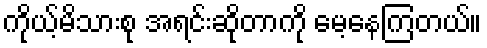
ကိုယ့်မိသားစု အရင်းဆိုတာကို မေ့နေကြတယ်။